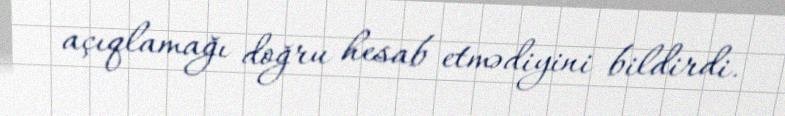
açıqlamağı doğru hesab etmədiyini bildirdi.